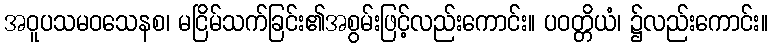
အဝူပသမဝသေနစ၊ မငြိမ်သက်ခြင်း၏အစွမ်းဖြင့်လည်းကောင်း။ ပဝတ္တိယံ၊ ၌လည်းကောင်း။